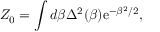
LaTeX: Z _ { 0 } = \int d \beta \Delta ^ { 2 } ( \beta ) \mathrm { e } ^ { - \beta ^ { 2 } / 2 } ,